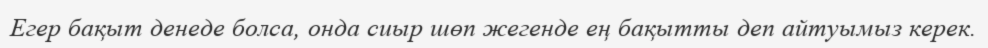
Егер бақыт денеде болса, онда сиыр шөп жегенде ең бақытты деп айтуымыз керек.